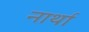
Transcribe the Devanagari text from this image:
नार्था